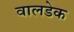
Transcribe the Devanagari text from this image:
वालडेक